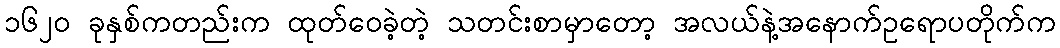
၁၆၂၀ ခုနှစ်ကတည်းက ထုတ်ဝေခဲ့တဲ့ သတင်းစာမှာတော့ အလယ်နဲ့အနောက်ဥရောပတိုက်က